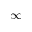
\infty